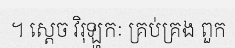
។ ស្តេច វិរុឡ្ហកៈ គ្រប់គ្រង ពួក